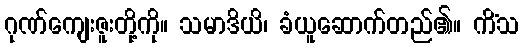
ဂုဏ်ကျေးဇူးတို့ကို။ သမာဒိယိ၊ ခံယူဆောက်တည်၏။ ကိံသ